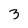
Character: 3